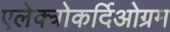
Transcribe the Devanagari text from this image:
एलेक्त्रोकर्दिओग्रम